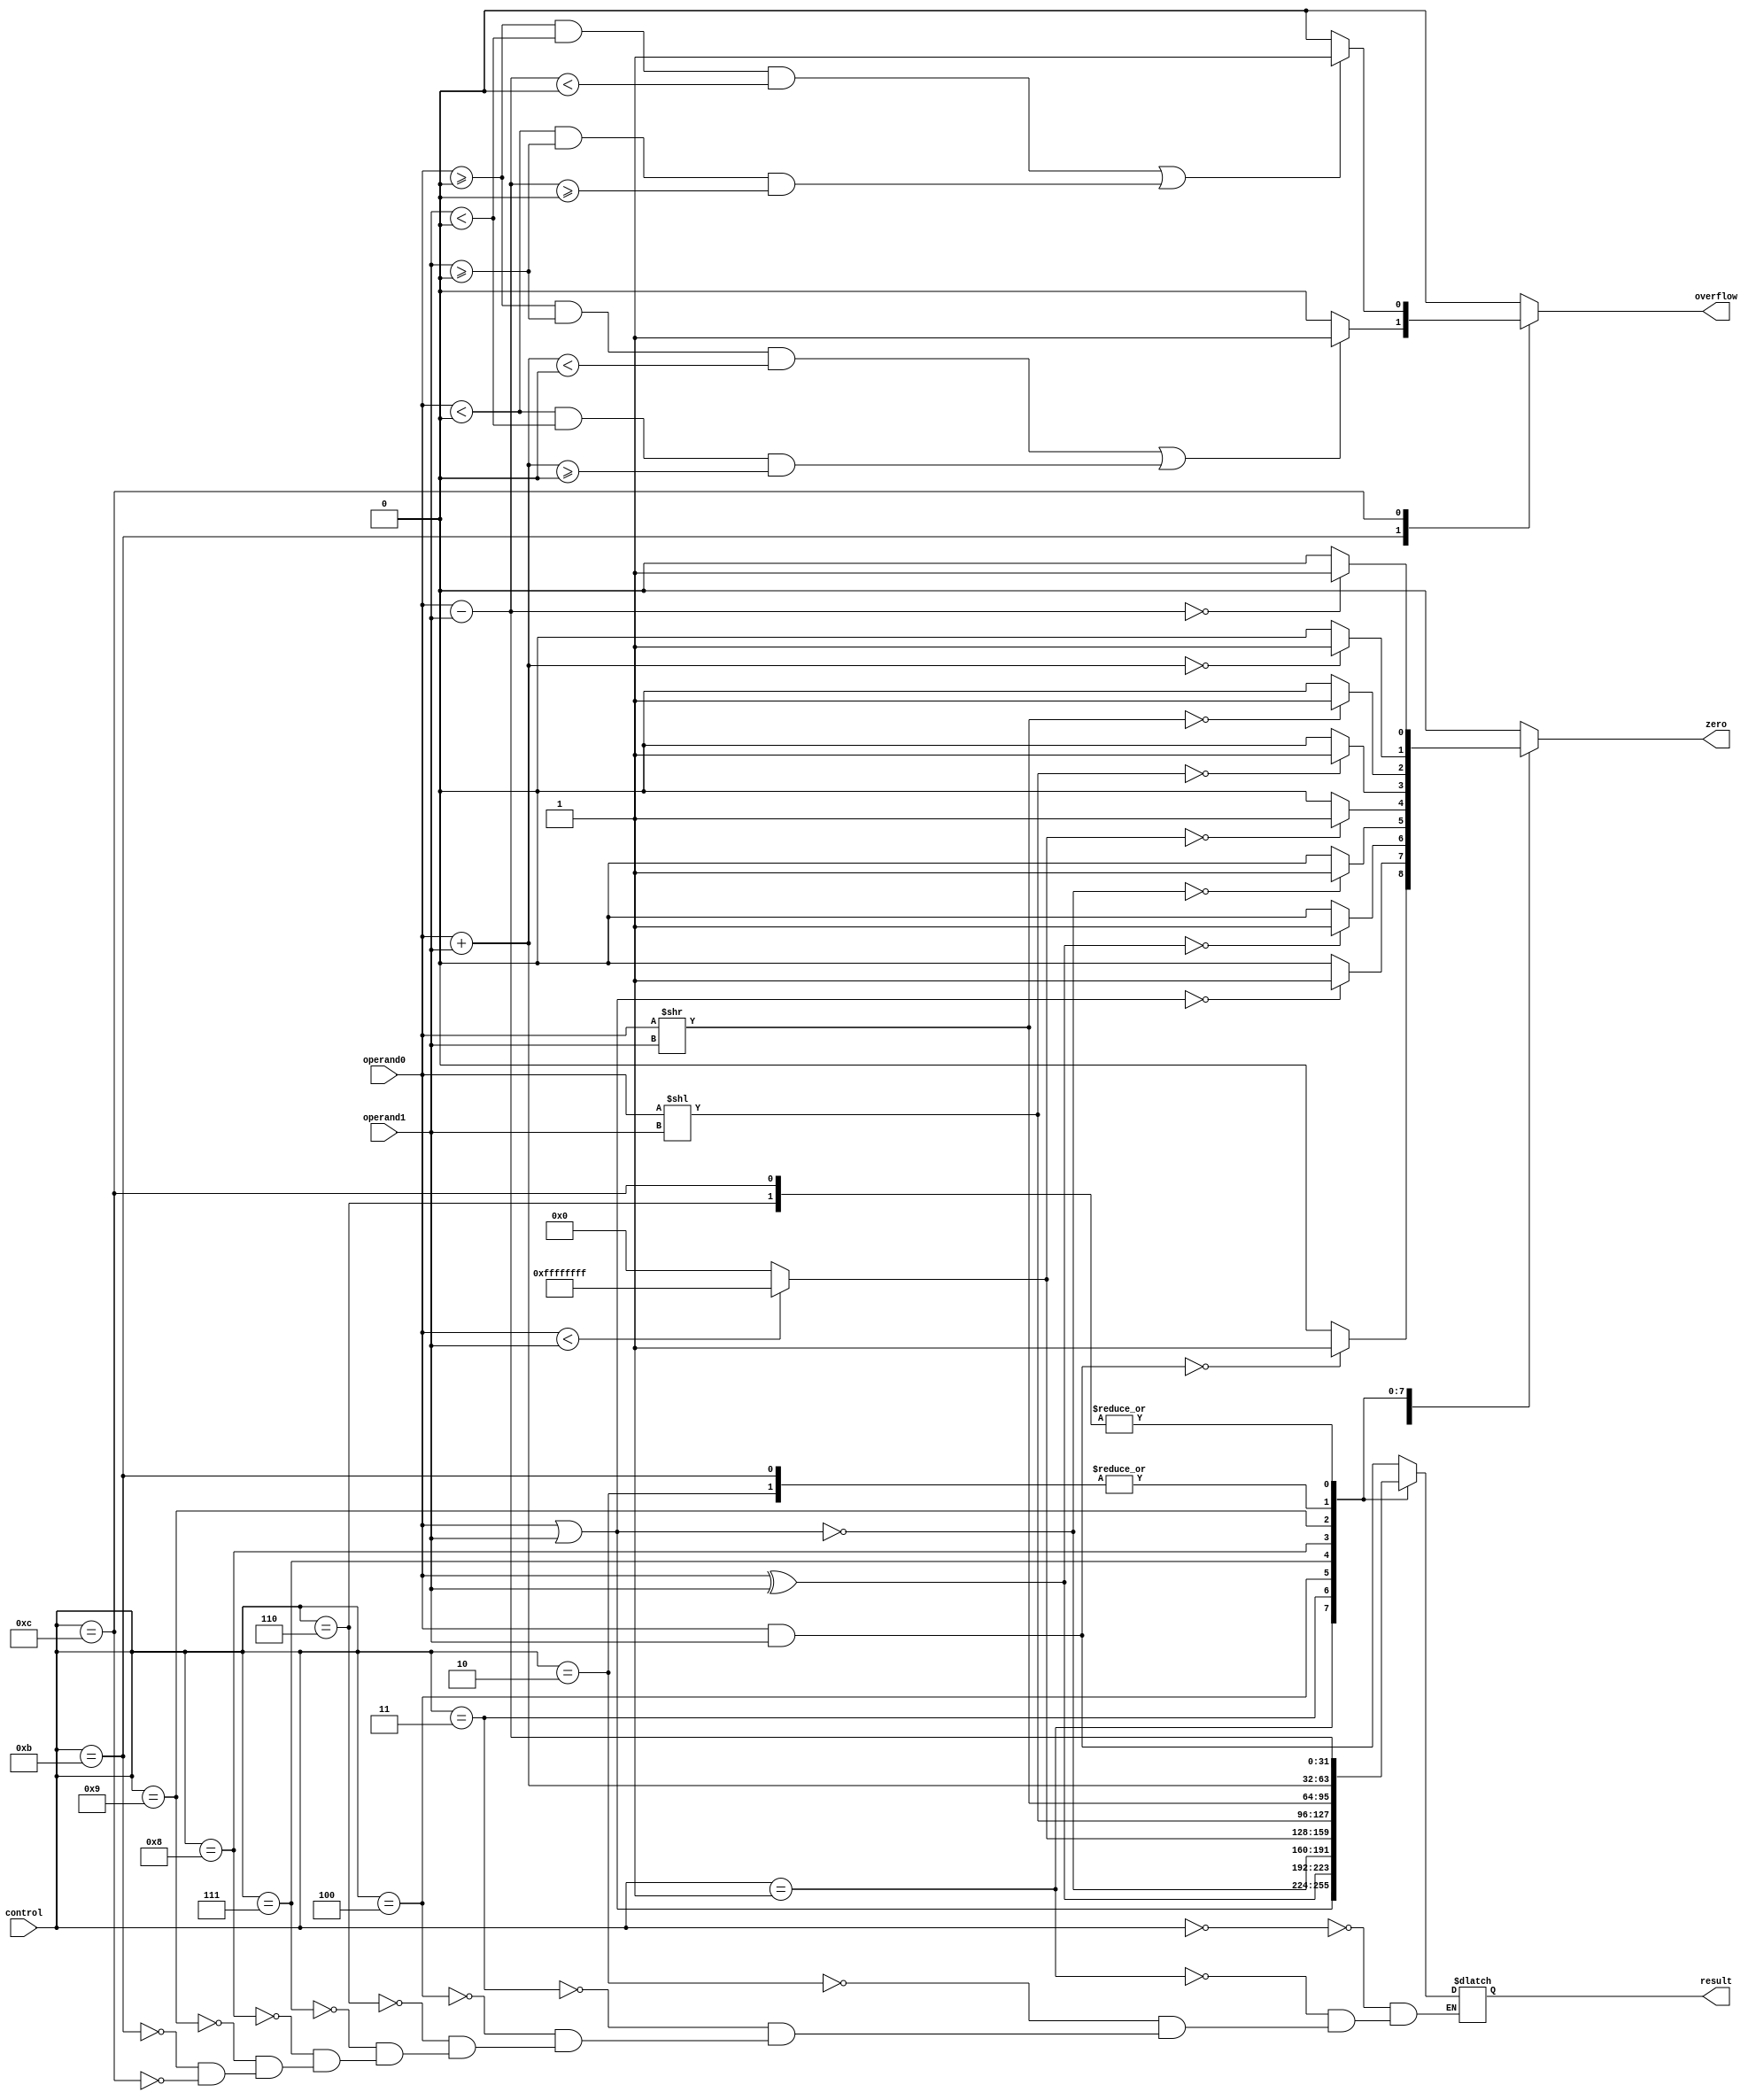
`timescale 1ns / 1ps
//////////////////////////////////////////////////////////////////////////////////
// Company: 
// Engineer: 
// 
// Design Name: 
// Module Name: alu
// Project Name: 
// Target Devices: 
// Tool Versions: 
// Description: 
// 
// Dependencies: 
// 
// Revision:
// Revision 0.01 - File Created
// Additional Comments:
// 
//////////////////////////////////////////////////////////////////////////////////


module alu

(
    control,	//specifies the alu operation to be performed
    operand0, 	//first operand
    operand1, 	//second operand
    result, 	//alu result after the operation
    overflow,	//overflow flag, also the underflow flag
    zero 	//zero flag
);

   
    input [3:0]	 control;
    input [31:0] operand0; 
    input [31:0] operand1;
	
   	
    output [31:0] result; //this is the 32 bit result
    output overflow;
    output zero;

      
   
    reg [31:0] result;
    reg overflow;
    reg zero;
	
   
	always @(control)
	begin
	
		case (control)
			4'b0000 : // and 
				begin
					result = operand0 & operand1;
					overflow = 0;
					zero = (result == 0) ? 1 : 0;
				end	
			4'b0001: // or 
				begin
					result = operand0 | operand1;
					overflow = 0;
					zero = (result == 0) ? 1 : 0;
				end	
			4'b0010: // add 
				begin
					result = operand0 + operand1;
					overflow = 0;
					zero = (result == 0) ? 1 : 0;
				end
			4'b0011: // xor 
				begin
					result = operand0 ^ operand1;
					overflow = 0;
					zero = (result == 0) ? 1 : 0;
				end
			4'b0100: // nor 
				begin
					result = ~(operand0 | operand1);
					overflow = 0;
					zero = (result == 0) ? 1 : 0;
				end
			4'b0110: // subtract 
				begin
					result = operand0 - operand1;
					overflow = 0;
					zero = (result == 0) ? 1 : 0;
				end
			4'b0111: // set on less than 
				begin
					result = (operand0 < operand1) ? -1 : 0;
					overflow = 0;
					zero = (result == 0) ? 1 : 0;
				end
			4'b1000: // shift left logical 
				begin
					result = operand0 << operand1;
					overflow = 0;
					zero = (result == 0) ? 1 : 0;
				end
			4'b1001: // shift right logical
				begin
					result = operand0 >> operand1;
					overflow = 0;
					zero = (result == 0) ? 1 : 0;
				end
		
				
			4'b1011: // Signed add
				begin
					result = operand0 + operand1;
					//This will check for overflow condition
					
					if ((operand0 >= 0 && operand1 >= 0 && result < 0) ||(operand0 < 0 && operand1 < 0 && result >= 0)) 
					   begin
						overflow = 1;
					   end 
					else 
					     begin
						   overflow = 0;
					     end
					
					zero = (result == 0) ? 1 : 0;
					
					
			       end
			4'b1100: // Signed subtract
				begin
					result = operand0 - operand1;
					//This will check for overflow condition
					
					if ((operand0 >= 0 && operand1 < 0 && result < 0)||(operand0 < 0 && operand1 >= 0 && result >= 0)) 
					   begin
						overflow = 1;
					   end 
				        else 
					    begin
						overflow = 0;
					    end
					
					zero = (result == 0) ? 1 : 0;
					
				
				end
			default:
				begin
					zero = 0;
					overflow = 0;
				end				
		endcase
		
	end

	
	
    
 endmodule